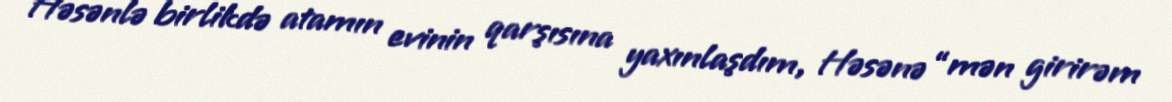
Həsənlə birlikdə atamın evinin qarşısına yaxınlaşdım, Həsənə “mən girirəm